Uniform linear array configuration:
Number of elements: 8
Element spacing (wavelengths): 1
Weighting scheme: cosine
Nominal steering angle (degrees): -15
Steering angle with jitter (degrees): -13.076
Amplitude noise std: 0.05
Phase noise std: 0.05

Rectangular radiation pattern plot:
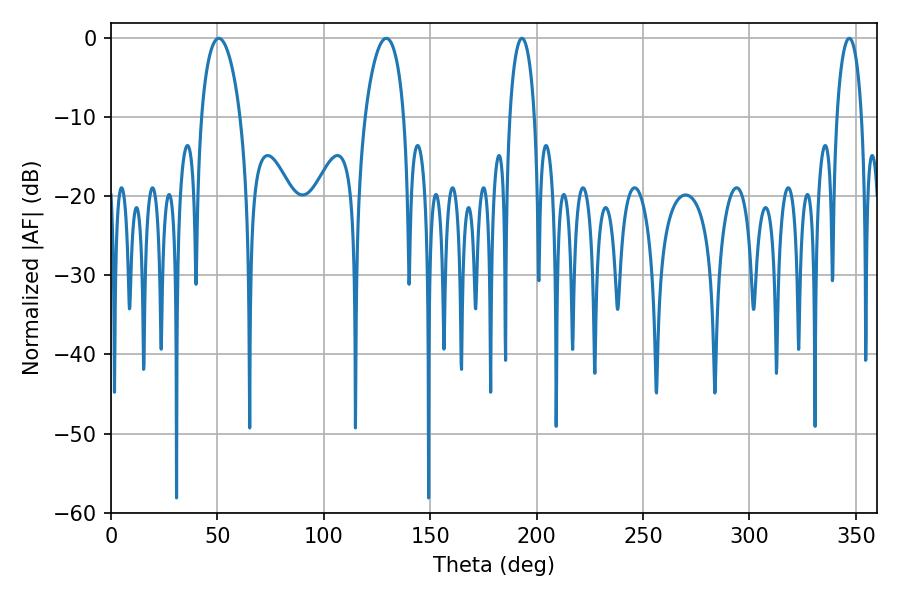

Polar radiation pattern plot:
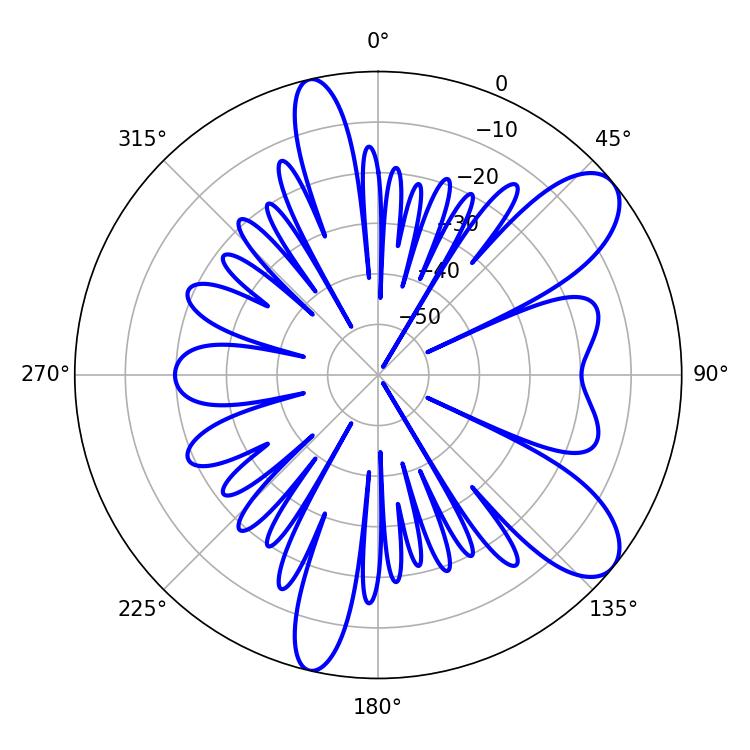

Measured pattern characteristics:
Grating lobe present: TRUE
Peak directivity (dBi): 9.036
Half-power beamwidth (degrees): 6.66
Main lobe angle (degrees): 193.14